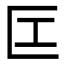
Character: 匞